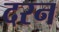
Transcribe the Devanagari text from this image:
दरन